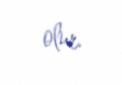
olur.